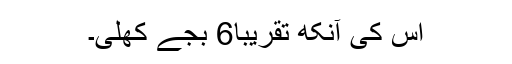
اس کی آنکھ تقریباً6 بجے کُھلی۔